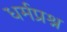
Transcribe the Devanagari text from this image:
धर्मप्रश्न